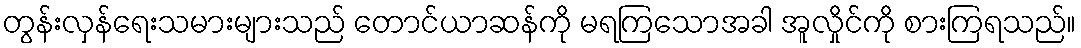
တွန်းလှန်ရေးသမားများသည် တောင်ယာဆန်ကို မရကြသောအခါ အူလှိုင်ကို စားကြရသည်။